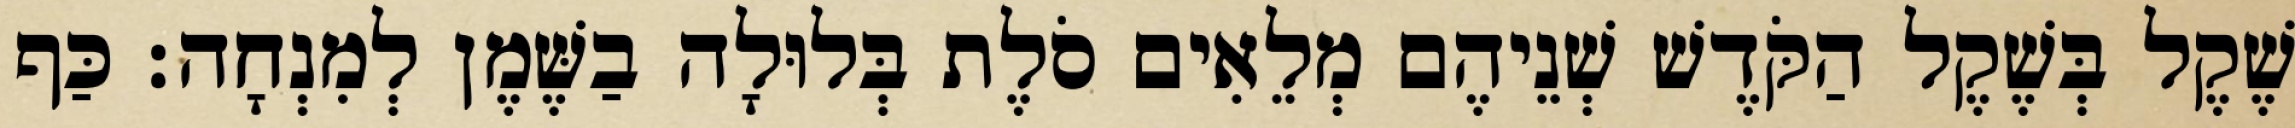
שֶׁקֶל בְּשֶׁקֶל הַקֹּדֶשׁ שְׁנֵיהֶם מְלֵאִים סֹלֶת בְּלוּלָה בַשֶּׁמֶן לְמִנְחָה׃ כַּף